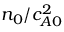
n _ { 0 } / c _ { A 0 } ^ { 2 }